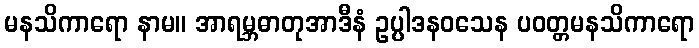
မနသိကာရော နာမ။ အာရမ္ဘဓာတုအာဒီနံ ဥပ္ပါဒနဝသေန ပဝတ္တမနသိကာရော